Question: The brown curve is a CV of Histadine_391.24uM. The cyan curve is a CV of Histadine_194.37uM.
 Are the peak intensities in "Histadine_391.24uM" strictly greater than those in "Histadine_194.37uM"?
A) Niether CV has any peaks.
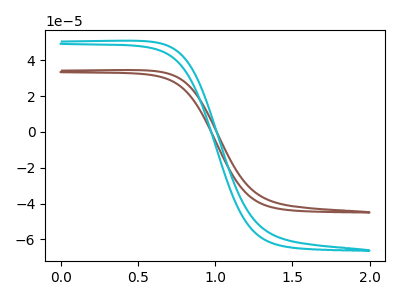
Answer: <think>The brown curve "Histadine_391.24uM" has no peaks. The cyan curve "Histadine_194.37uM" has no peaks.</think>
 <answer>A) Niether CV has any peaks.</answer>
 <eval>A</eval>